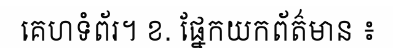
គេហទំព័រ។ ខ. ផ្នែកយកព័ត៌មាន ៖